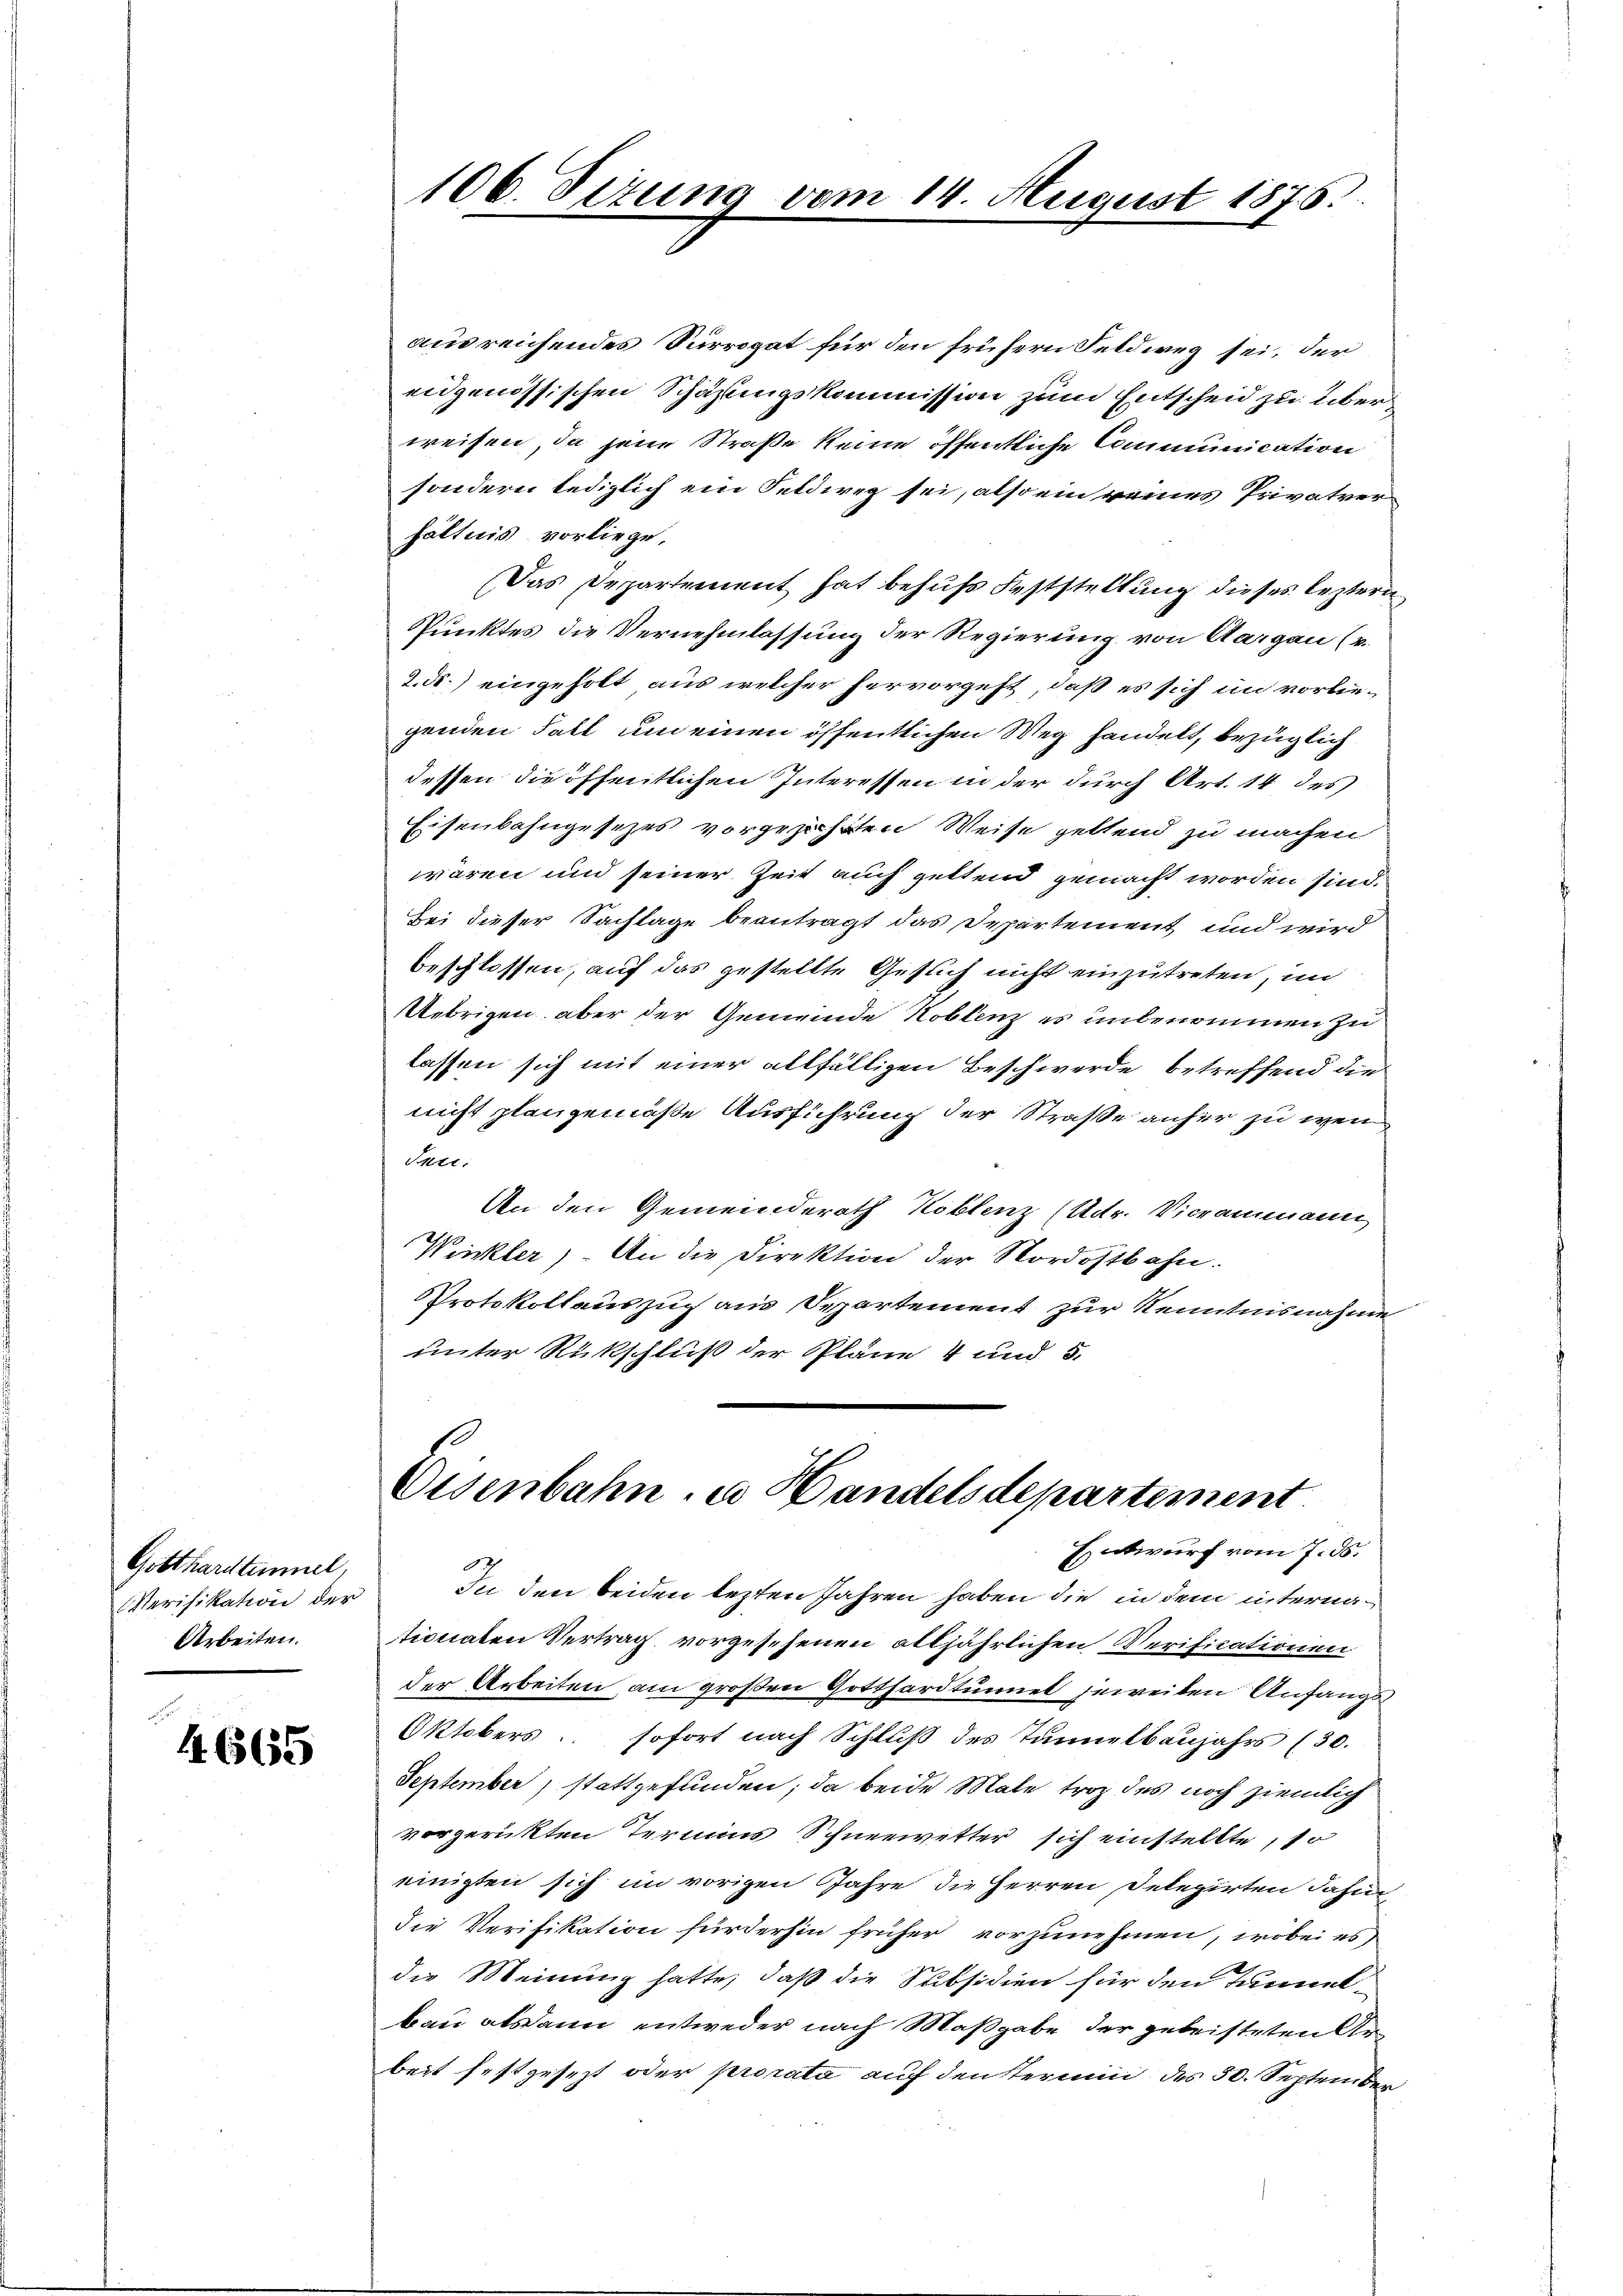
Gotthardtümmel,
Verifikation der
Arbeiten.

4665

ausreichendes Surrogat für den frühern Feldweg sei, der
eidgenössischen Schazungskommission zum Entscheid zu überweisen, da jene Straße keine öffentliche Communication
sondern lediglich ein Feldweg sei, also ein eines Privatver
hältnis vorliege,
Das Departement hat behufs Feststellung dieses leztern
Punktes die Vernehmlassung der Regierung von Aargau (v.
2. ds. eingeholt aus welcher hervorgeht, daß es sich im vorliegenden Fall um einen öffentlichen Weg handelt, bezüglich
dessen die öffentlichen Interessen in der durch Art. 14 des
Eisenbahngesetzes vorgezehrten Weise geltend zu machen
wären und seiner Zeit auch gettend gemacht worden sind.
Bei dieser Sachlage beantragt das Departement und wird
beschlossen, auf das gestellte Gesuch nicht einzutreten, un
Uebrigen aber der Gemeinde Koblenz es unbenommen zu
lassen sich mit einer allfälligen Beschwerde betreffend die
nicht plangemäße Ausführung der Straße anher zu wen¬
Sner,
An den Gemeinderath Koblenz (Udr. Vicrammann
Winkler). An die Direktion der Nordostbahn.
Protokollauszug aus Departement zur Kenntnisnahme
unter Rückschluß der Pläne 4 und 5.

106. Sizung vom 14. August 1875.

Eisenbahn u Handelsdepartement
Entwurf vom 7. ds.

In den beiden lezten Jahren haben die in dem internationaten Vertrag vorgesehenen alljährlichen Verificationen
der Arbeiten, am großen Gotthardtunnel jeweiten Anfangs¬
Oktobers sofort nach Schluß des Tannelbaujahrs (30.
September, stattgefunden; da beide Male trotz des noch ziemlich
vorgerickten Termins Schneewetter sich einstellte, so
einigten sich im vorigen Jahre die Herren Delegirten dahin
die Verifikation fürderhin früher vorzunehmen, wobei es
die Meinung hatte, daß die Subsidien für den Tunnel
bau alsdann entweder nach Maßgabe der geleisteten Arbeit festgesezt oder prorata auf den Termin des 50. September